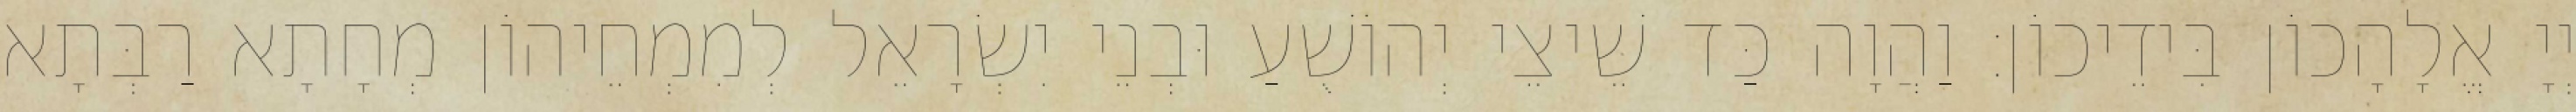
יְיָ אֱלָהָכוֹן בִּידֵיכוֹן׃ וַהֲוָה כַּד שֵׁיצֵי יְהוֹשֻׁעַ וּבְנֵי יִשְׂרָאֵל לְמִמְחֵיהוֹן מְחָתָא רַבְּתָא